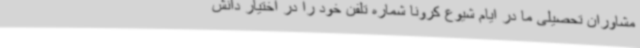
مشاوران تحصیلی ما در ایام شیوع کرونا شماره تلفن خود را در اختیار دانش